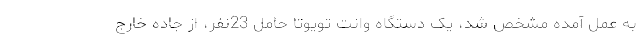
به عمل آمده مشخص شد، یک دستگاه وانت تویوتا حامل 23نفر، از جاده خارج